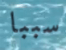
سببا